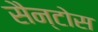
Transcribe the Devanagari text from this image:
सैन्टोस